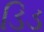
ડિડ